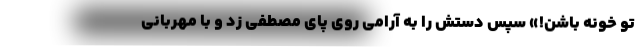
تو خونه باشن!» سپس دستش را به آرامی روی پای مصطفی زد و با مهربانی